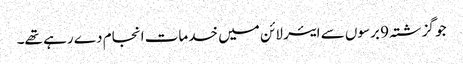
جو گزشتہ 9 برسوں سے ایئر لائن میں خدمات انجام دے رہے تھے۔